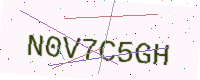
Text: N0V7C5GH